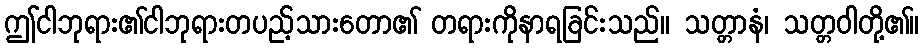
ဤငါဘုရား၏ငါဘုရားတပည့်သားတော၏ တရားကိုနာရခြင်းသည်။ သတ္တာနံ၊ သတ္တဝါတို့၏။